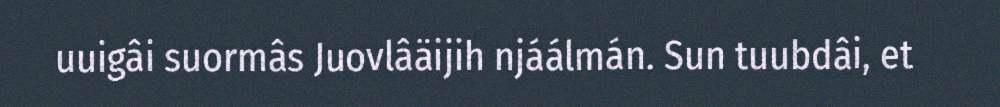
uuigâi suormâs Juovlâäijih njáálmán. Sun tuubdâi, et